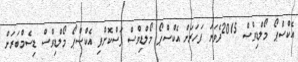
އެކްސްޕޯ މޯލްޑިވްސް 2015ދެވަނަ ފަހަރަށް އެކްސްޕޯ މޯލްޑިވްސް ފަސްކޮށްފި އެކްސްޕޯ މޯލްޑިވްސް ޑިސެމްބަރަށް